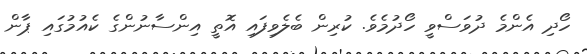
ހޯދި އެންމެ ދުވަސްވީ ހޯދުމެވެ. ކުރިން ބެލެވިފައި އޮތީ އިންސާނުންގެ ކެއުމުގައި ޕާން